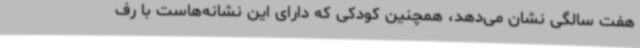
هفت سالگی نشان می‌دهد، همچنین کودکی که دارای این نشانه‌هاست با رف